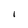
Character: l